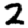
Digit: 2